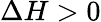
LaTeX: \Delta H>0